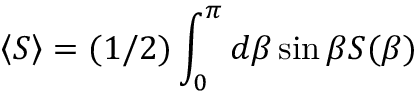
\left< S \right> = ( 1 / 2 ) \int _ { 0 } ^ { \pi } d \beta \sin \beta S ( \beta )